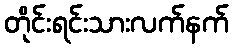
တိုင်းရင်းသားလက်နက်